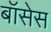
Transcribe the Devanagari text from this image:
बॉसेस